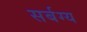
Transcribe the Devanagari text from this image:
सर्बग्य